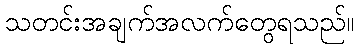
သတင်းအချက်အလက်တွေရသည်။